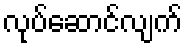
လုပ်ဆောင်လျက်